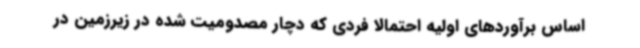
اساس برآوردهای اولیه احتمالا فردی که دچار مصدومیت شده در زیرزمین در